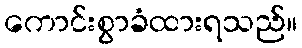
ကောင်းစွာခံထားရသည်။